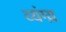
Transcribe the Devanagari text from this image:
व्यंग्य़